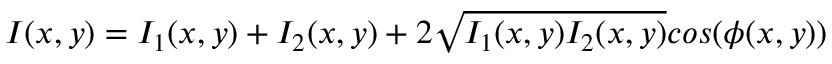
I ( x , y ) = I _ { 1 } ( x , y ) + I _ { 2 } ( x , y ) + 2 \sqrt { I _ { 1 } ( x , y ) I _ { 2 } ( x , y ) } c o s ( { \phi } ( x , y ) )